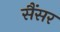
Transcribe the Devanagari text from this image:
सैंसर